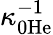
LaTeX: \kappa_{0\mathrm{He}}^{-1}